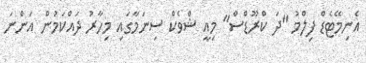
އެނިމޭޓެޑް ފިލްމު "ދަ ކްރޫޑްސް" މިއީ ޝްވެކް ސިނަމާގައި މިހާރު ދައްކަމުން އަންނަ